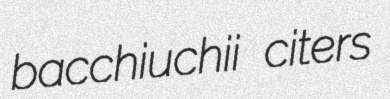
bacchiuchii citers